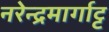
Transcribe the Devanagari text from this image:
नरेन्द्रमार्गाट्ट